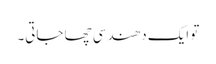
تو ایک دھندسی چھا جاتی۔